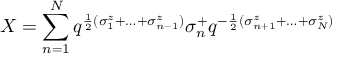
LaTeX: X = \sum _ { n = 1 } ^ { N } q ^ { \frac 1 2 ( \sigma _ { 1 } ^ { z } + \ldots + \sigma _ { n - 1 } ^ { z } ) } \sigma _ { n } ^ { + } q ^ { - \frac 1 2 ( \sigma _ { n + 1 } ^ { z } + \ldots + \sigma _ { N } ^ { z } ) }